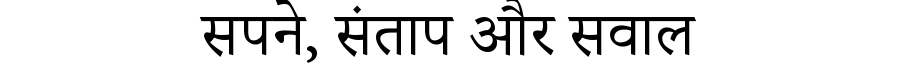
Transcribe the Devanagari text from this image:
सपने, संताप और सवाल